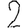
Digit: 2